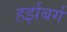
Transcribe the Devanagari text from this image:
हर्झबर्ग